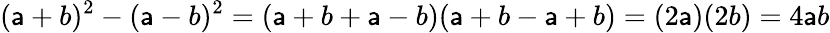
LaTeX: (\mathsf{a}+b)^{2}-(\mathsf{a}-b)^{2}=(\mathsf{a}+b+\mathsf{a}-b)(\mathsf{a}+b-\mathsf{a}+b)=(2\mathsf{a})(2b)=4\mathsf{a}b